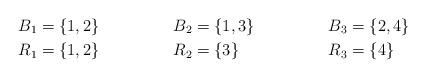
LaTeX: \begin{align*}B_1 &= \{1,2\} & B_2 &= \{1,3\} & B_3 &= \{2,4\}\\R_1 &= \{1,2\} & R_2 &= \{3\} & R_3 &= \{4\}\end{align*}